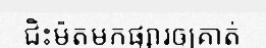
ជិះម៉ូតូមកផ្សារឲ្យគាត់